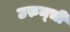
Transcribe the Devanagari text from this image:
उरुम्ची